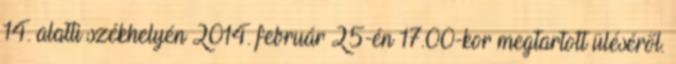
14. alatti székhelyén 2014. február 25-én 17.00-kor megtartott üléséről.